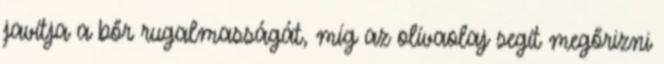
javítja a bőr rugalmasságát, míg az olívaolaj segít megőrizni